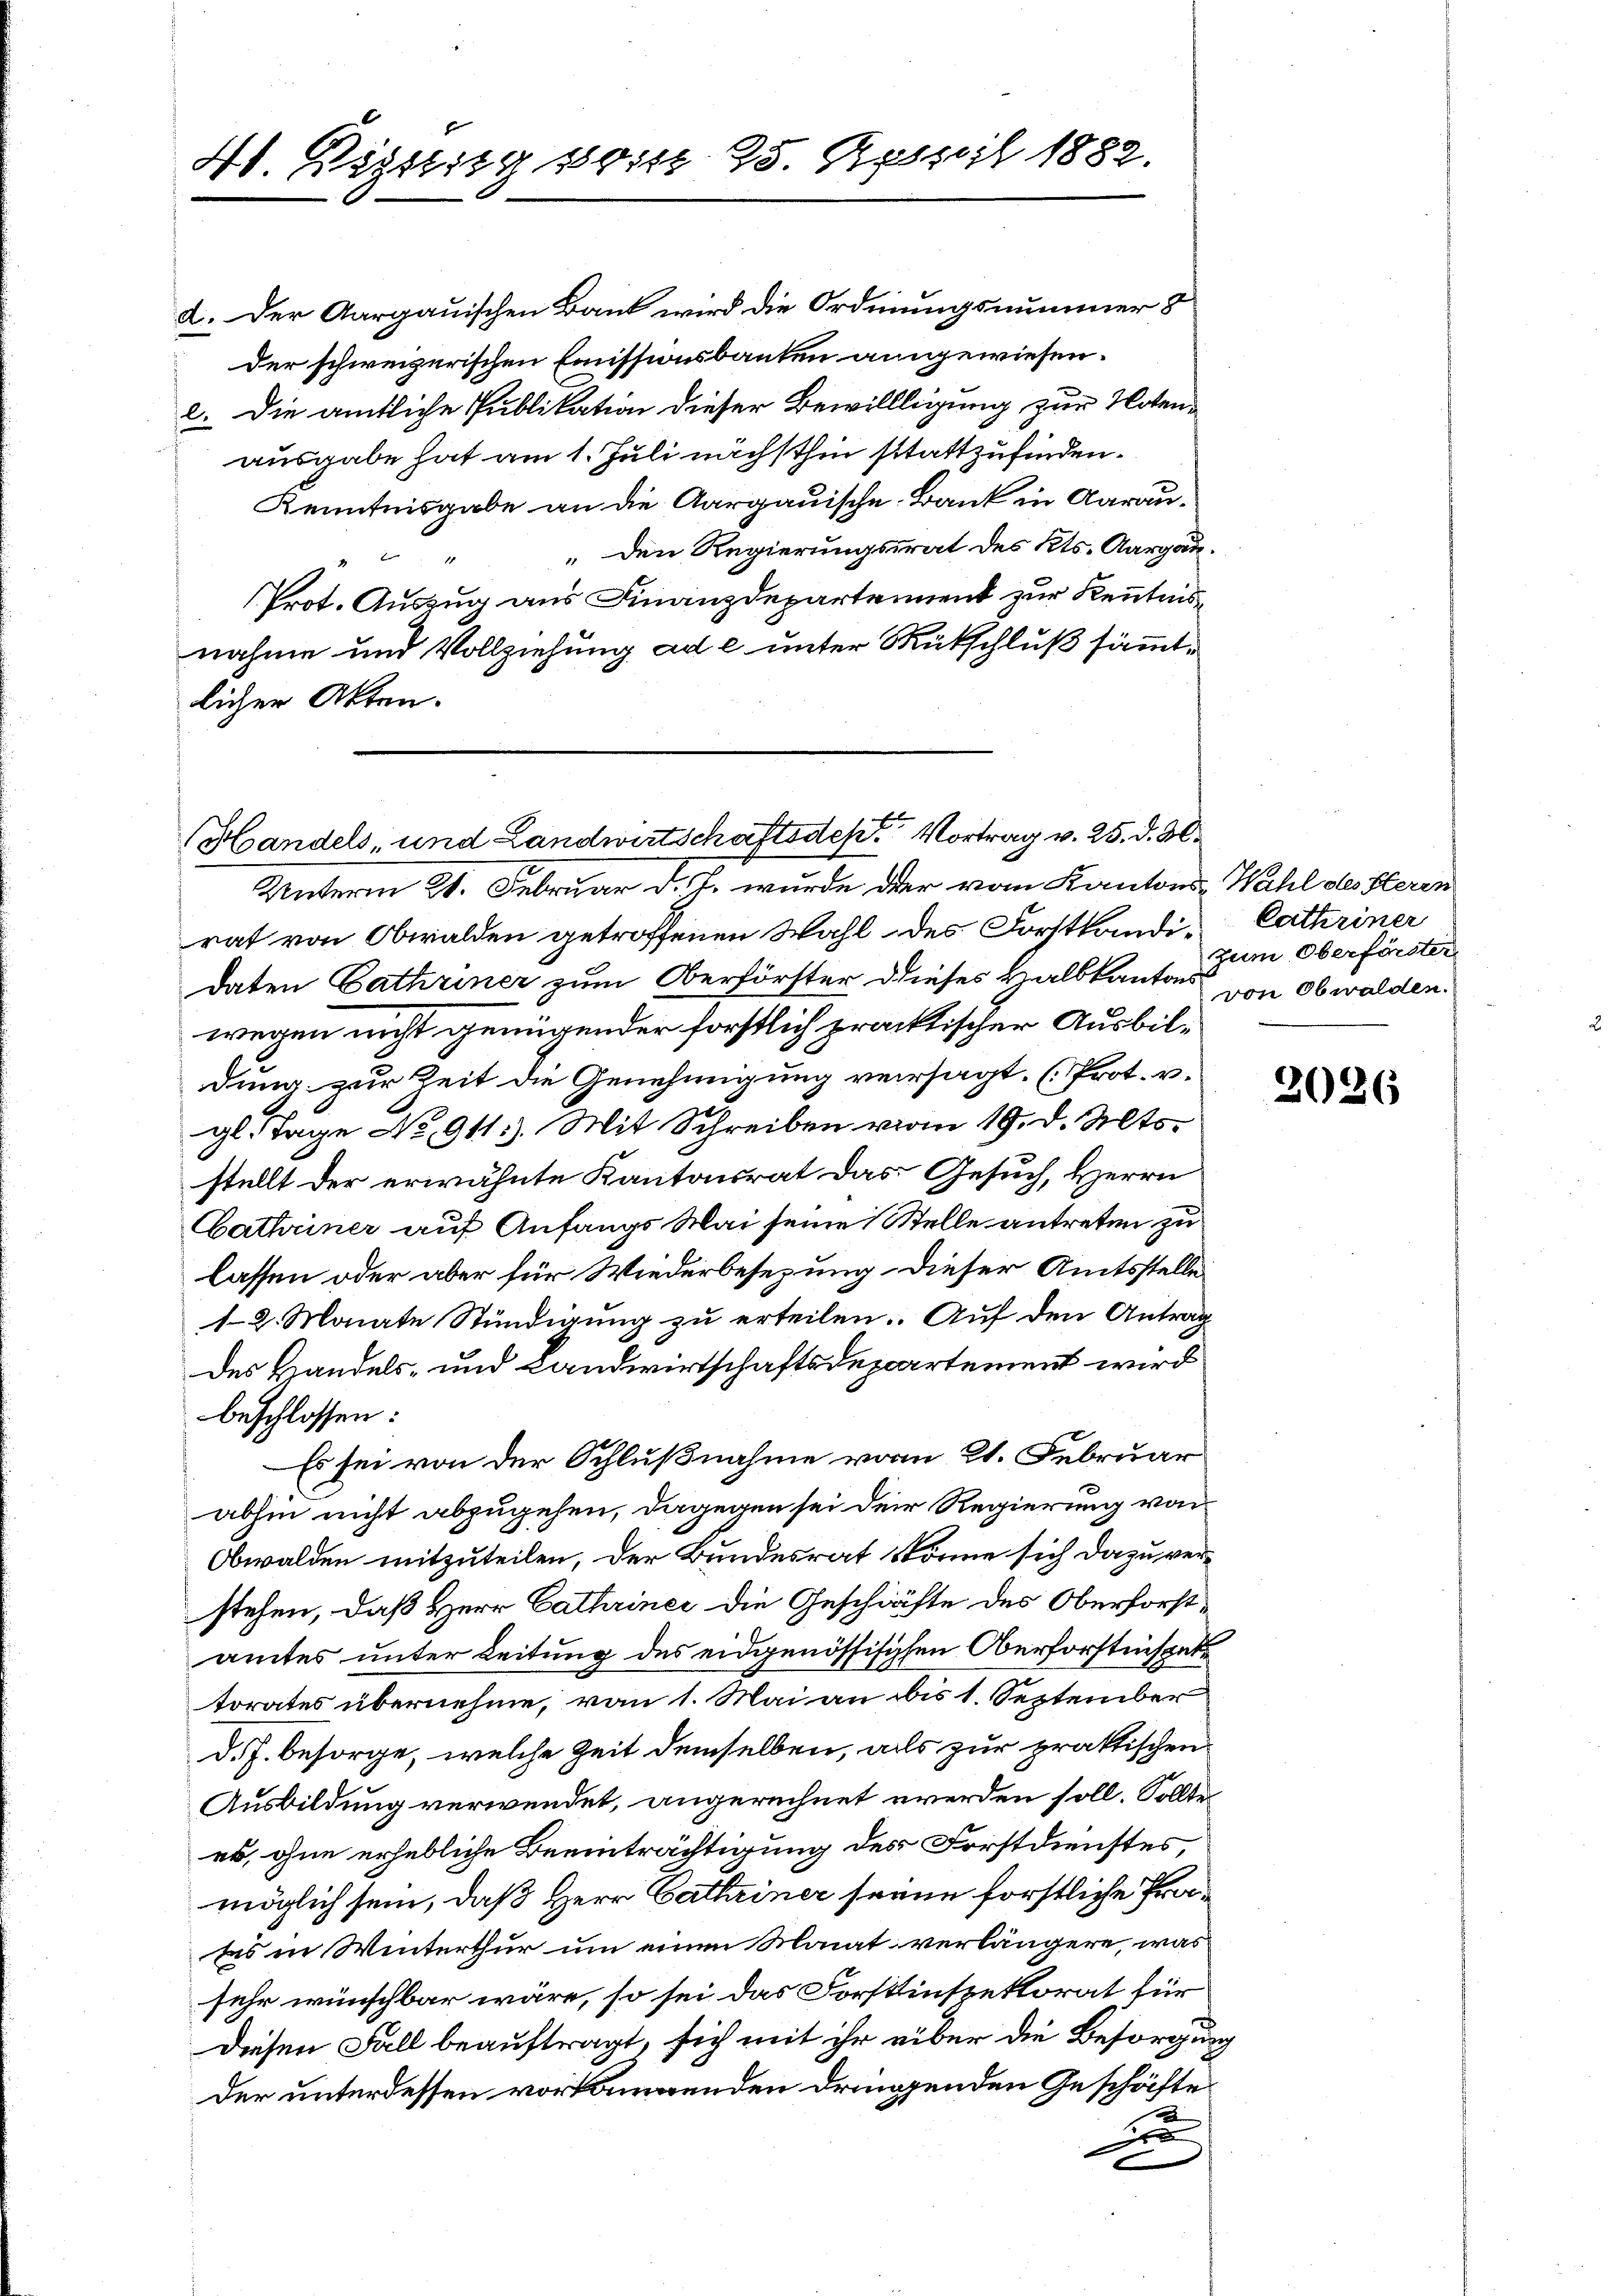
40. Einstig sitz 25. April 1882.

Handels- und Landwirtschaftsdeste Vortrag v. 25. d. M.

d. Der Aargauischen Bank wird die Ordnungsnummer &
der schweizerischen Emissionsbauten angewiesen.
2. Die amtliche Publikation dieser Bewillligung zur Notenausgabe hat am 1. Juli nächsthin stattzufinden.
Kenntnisgabe an die Aargauische Bank in Aarau¬
„den Regierungsrat des Kts. Aargau.
Prot. Auszug aus Finanzdepartement zur Kenntnisnahme und Vollziehung ad e unter Rückschluß sämmtlicher Akten.

Cathriner
zum Oberförster
von Obwalden.

Unterm 21. Februar d. J. wurde der vom Kantons Wahl des Heren
rat von Obwalden getroffenen Wahl des Forstkandidaten Cathriner zum Oberförster dieses Halbkantons
wegen nicht genügender forstlich praktischer Ausbildung zur Zeit die Genehmigung versagt. (Prot. v.
gl. Tage No. 911.) Mit Schreiben vom 19. d. Mts.
stellt der erwähnte Kantonsrat das Gesuch, Herrn
Cathriner auf Anfangs Mai seine Stelle antreten zu
lassen oder aber für Wiederbesezung. Dieser Amtsstelle
12. Monate Stündigung zu erteilen. Auf den Antrag
des Handels- und Landwirtschaftsdepartement wird
beschlossen:
Es sei von der Schlußnahme vom 21. Februar
abhin nicht abzugehen, dagegen sei der Regierung von
Obwalden mitzuteilen, der Bundesrat könne sich dazu verstehen, daß Herr Cathriner die Geschäfte des Oberforstamtes unter Leitung des eidgenössischen Oberforstinspek
torates übernehme, von 1. Mai an bis 1. September
d.J. besorge, welche Zeit demselben, alls zur praktischen
Ausbildung verwendet, angerechnet werden soll. Sollte
es, ohne erhebliche Beeinträchtigung des Forstdienstes,
möglich sein, daß Herr Catheiner seine förstliche Protes in Winterthur um einen Monat verlängere, was
sehr wünschbar wäre, so sei das Forstinspektorat für
Diesen Fall beauftragt, sich mit ihr über die Besorgung
der unterdessen vorkompenden dringenden Geschäfte
d

2026